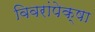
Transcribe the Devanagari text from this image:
विवरांपेक्षा